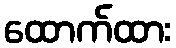
ထောက်ထား